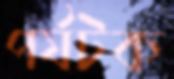
পর্যটক